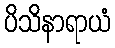
ပိသိနာရာယံ